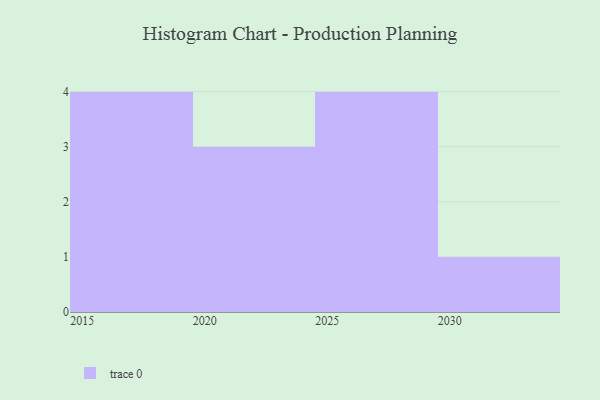
{"axis": {"x": "Year", "y": "Shipments"}, "legend": [""], "data": [{"x": "2023", "y": 58, "type": ""}, {"x": "2015", "y": 60, "type": ""}, {"x": "2030", "y": 18, "type": ""}, {"x": "2022", "y": 36, "type": ""}, {"x": "2025", "y": 47, "type": ""}, {"x": "2026", "y": 96, "type": ""}, {"x": "2027", "y": 68, "type": ""}, {"x": "2019", "y": 45, "type": ""}, {"x": "2021", "y": 8, "type": ""}, {"x": "2018", "y": 18, "type": ""}, {"x": "2016", "y": 58, "type": ""}, {"x": "2028", "y": 29, "type": ""}]}